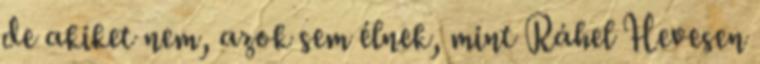
de akiket nem, azok sem élnek, mint Ráhel Hevesen